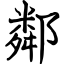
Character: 鄰